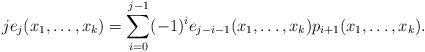
LaTeX: \begin{align*}je_{j}(x_1, \ldots, x_k) = \sum_{i = 0}^{j - 1}(-1)^{i}e_{j - i - 1}(x_1, \ldots, x_k)p_{i + 1}(x_1, \ldots, x_k).\end{align*}